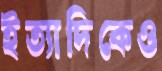
ইত্যাদিকেও